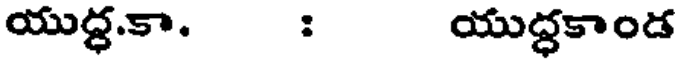
యుద్ధ.కా. : యుద్ధకాండ